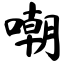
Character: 嘲